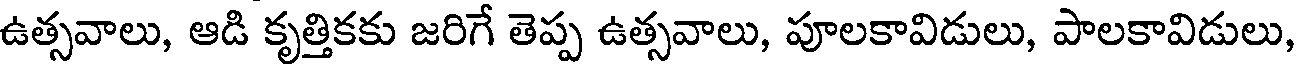
ఉత్సవాలు, ఆడి కృత్తికకు జరిగే తెప్ప ఉత్సవాలు, పూలకావిడులు, పాలకావిడులు,